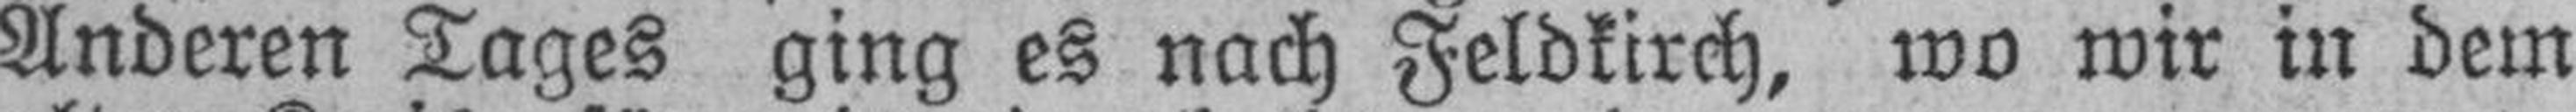
Anderen Tages ging es nach Feldkirch, wo wir in dem